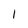
Character: 1